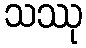
သဿု